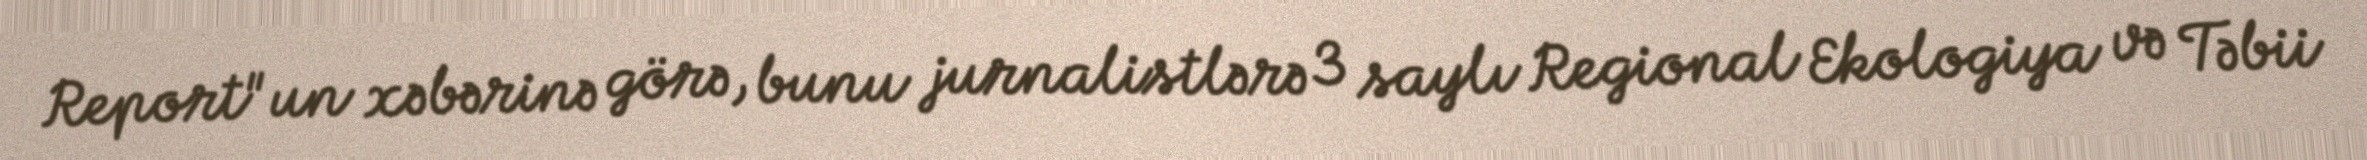
Report"un xəbərinə görə, bunu jurnalistlərə 3 saylı Regional Ekologiya və Təbii